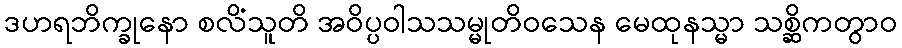
ဒဟရဘိက္ခုနော စလိံသူတိ အဝိပ္ပဝါသသမ္မုတိဝသေန မေထုနသ္မာ သစ္ဆိကတွာဝ